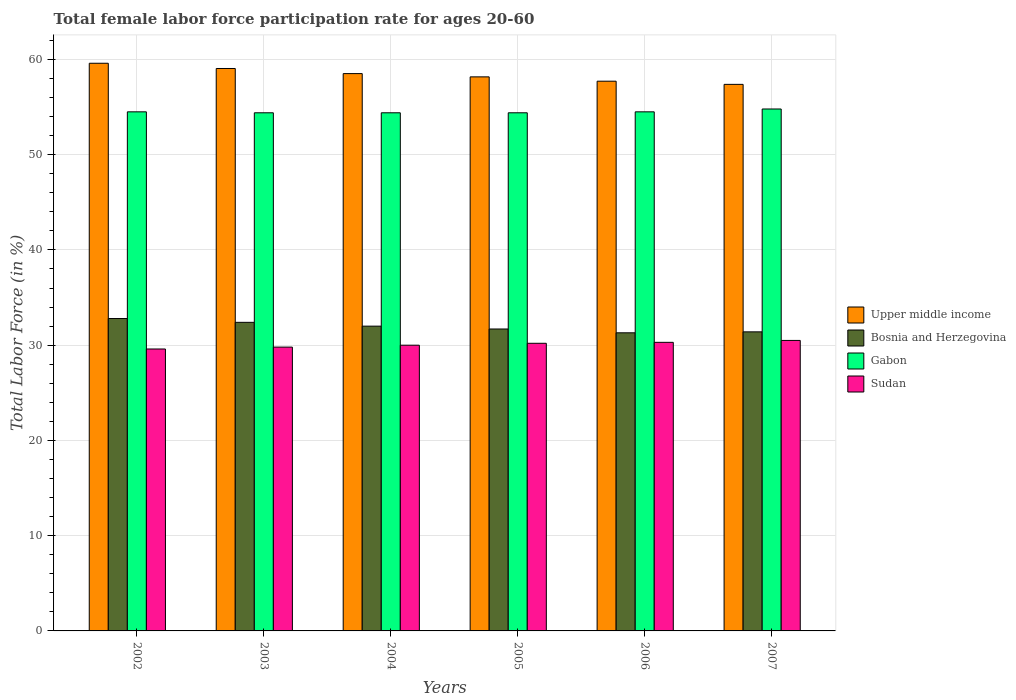
| Years | Upper middle income | Bosnia and Herzegovina | Gabon | Sudan |
 | --- | --- | --- | --- | --- |
 | 2002 | 59.6 | 32.8 | 54.5 | 29.6 |
 | 2003 | 59.1 | 32.4 | 54.4 | 29.8 |
 | 2004 | 58.5 | 32 | 54.4 | 30 |
 | 2005 | 58.2 | 31.7 | 54.4 | 30.2 |
 | 2006 | 57.7 | 31.3 | 54.5 | 30.3 |
 | 2007 | 57.4 | 31.4 | 54.8 | 30.5 |